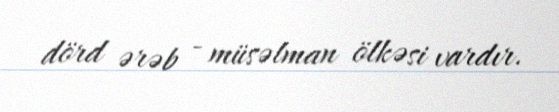
dörd ərəb - müsəlman ölkəsi vardır.